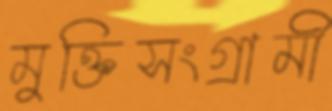
মুক্তিসংগ্রামী